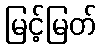
မြင့်မြတ်